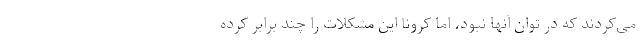
می‌کردند که در توان آنها نبود، اما کرونا این مشکلات را چند برابر کرده